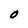
Character: O